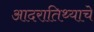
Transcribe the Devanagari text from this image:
आदरातिथ्याचे